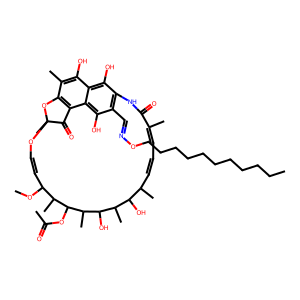
SMILES: CCCCCCCCCCCON=Cc1c2c(O)c3c(O)c(C)c4c(c3c1O)C(=O)C(C)(OC=CC(OC)C(C)C(OC(C)=O)C(C)C(O)C(C)C(O)C(C)C=CC=C(C)C(=O)N2)O4
Inhibits HIV replication: No